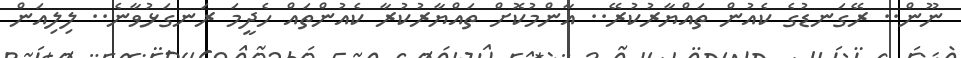
ނޫން.. ރޭގަނޑުގެ ކެއުން ތައްޔާރުކުރޭ.. އާންމުކޮށް ތައްޔާރުކުރާ ކެއުންތައް ހެދީމަ ރަނގަޅުވާނެ.. ލިލިއަން